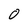
Character: 0